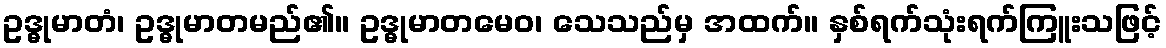
ဥဒ္ဓုမာတံ၊ ဥဒ္ဓုမာတမည်၏။ ဥဒ္ဓုမာတမေဝ၊ သေသည်မှ အထက်။ နှစ်ရက်သုံးရက်ကြူးသဖြင့်